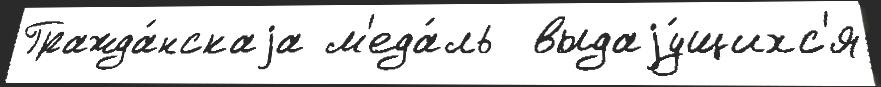
Гражда́нскаjа м'еда́ль  выдаjу́щихс'я